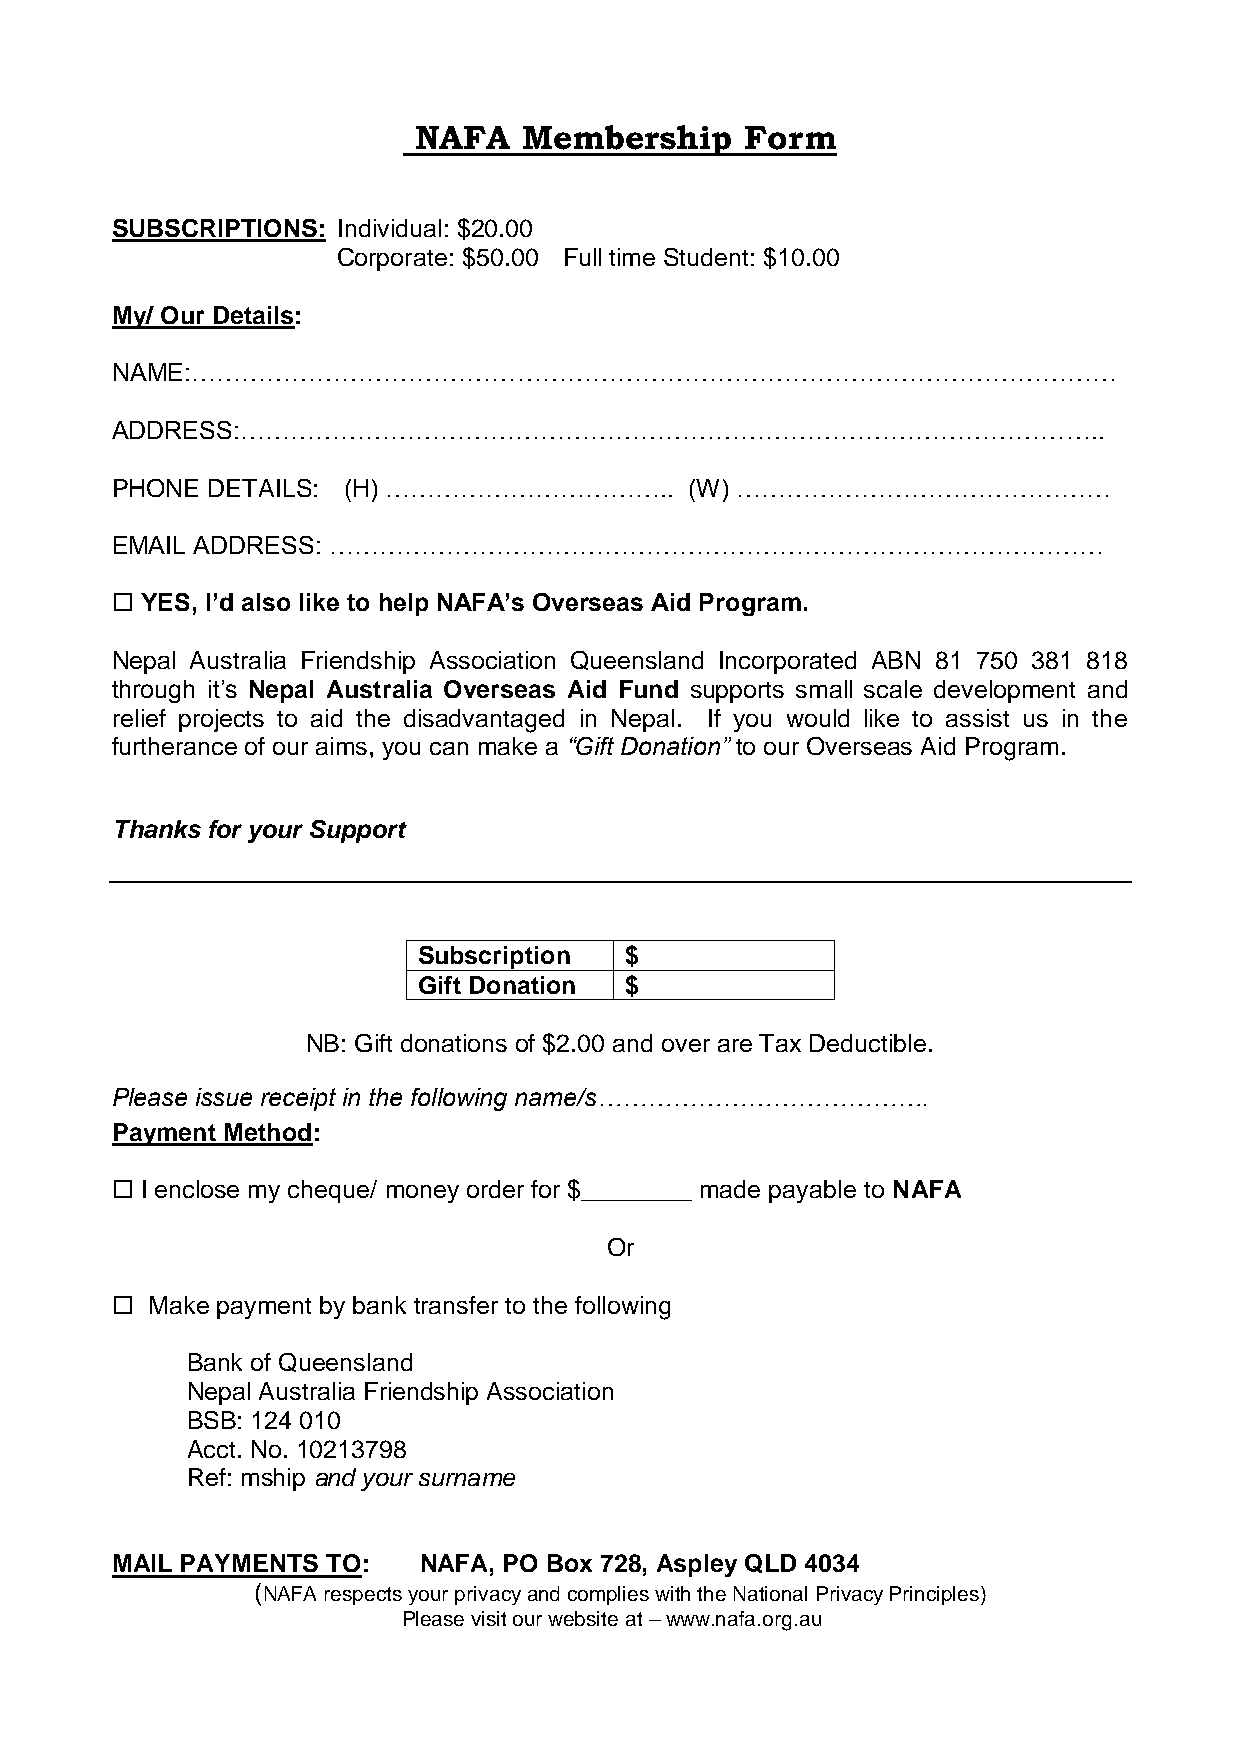
NAFA    Membership    Form
 SUBSCRIPTIONS: Individual: $20.00
 Corporate: $50.00 Full time Student: $10.00
 My/ Our Details:
 NAME:…………………………………………………………………………………………………
 ADDRESS:…………………………………………………………………………………………..
 PHONE  DETAILS: (H) ……………………………..      (W) ………………………………………
 EMAIL ADDRESS: …………………………………………………………………………………
  YES, I’d also like to help NAFA’s Overseas Aid Program.
 Nepal Australia Friendship Association Queensland Incorporated ABN 81 750 381 818
 through it’s Nepal Australia Overseas Aid Fund supports small scale development and
 relief projects to aid the disadvantaged in Nepal. If you would like to assist us in the
 furtherance of our aims, you can make a “Gift Donation” to our Overseas Aid Program.
 Thanks for your Support
 Subscription $
 Gift Donation $
 NB: Gift donations of $2.00 and over are Tax Deductible.
 Please issue receipt in the following name/s………………………………….
 Payment Method:
  I enclose my cheque/ money order for $________ made payable to NAFA
 Or
   Make payment by bank transfer to the following
 Bank of Queensland
 Nepal Australia Friendship Association
 BSB: 124 010
 Acct. No. 10213798
 Ref: mship and your surname
 MAIL PAYMENTS  TO:   NAFA, PO Box 728, Aspley QLD 4034
 (NAFA respects your privacy and complies with the National Privacy Principles)
 Please visit our website at – www.nafa.org.au